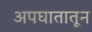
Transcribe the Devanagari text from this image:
अपघातातून